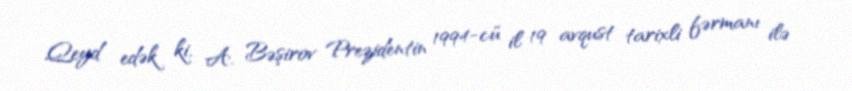
Qeyd edək ki, A. Bəşirov Prezidentin 1994-cü il 19 avqust tarixli fərmanı ilə